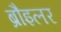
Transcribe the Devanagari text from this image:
ब्रौइलर